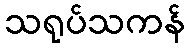
သရုပ်သကန်